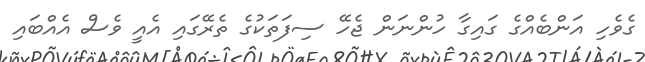
ގެވެހި އަންބެއްގެ ގައިގާ ހުންނަން ޖެހޭ ސިފަތަކުގެ ތެރޭގައި އެއީ ވެސް އެއްބައި